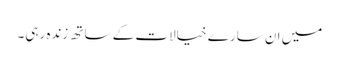
میں ان سارے خیالات کے ساتھ زندہ رہی۔